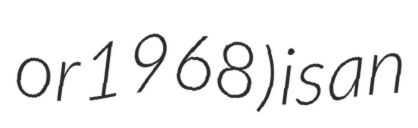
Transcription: or 1968) is an